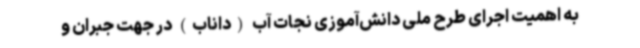
به اهمیت اجرای طرح ملی دانش‌آموزی نجات آب (داناب) در جهت جبران و